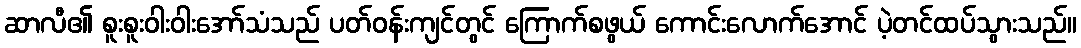
ဆာလီ၏ စူးစူးဝါးဝါးအော်သံသည် ပတ်ဝန်းကျင်တွင် ကြောက်စဖွယ် ကောင်းလောက်အောင် ပဲ့တင်ထပ်သွားသည်။